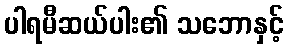
ပါရမီဆယ်ပါး၏ သဘောနှင့်